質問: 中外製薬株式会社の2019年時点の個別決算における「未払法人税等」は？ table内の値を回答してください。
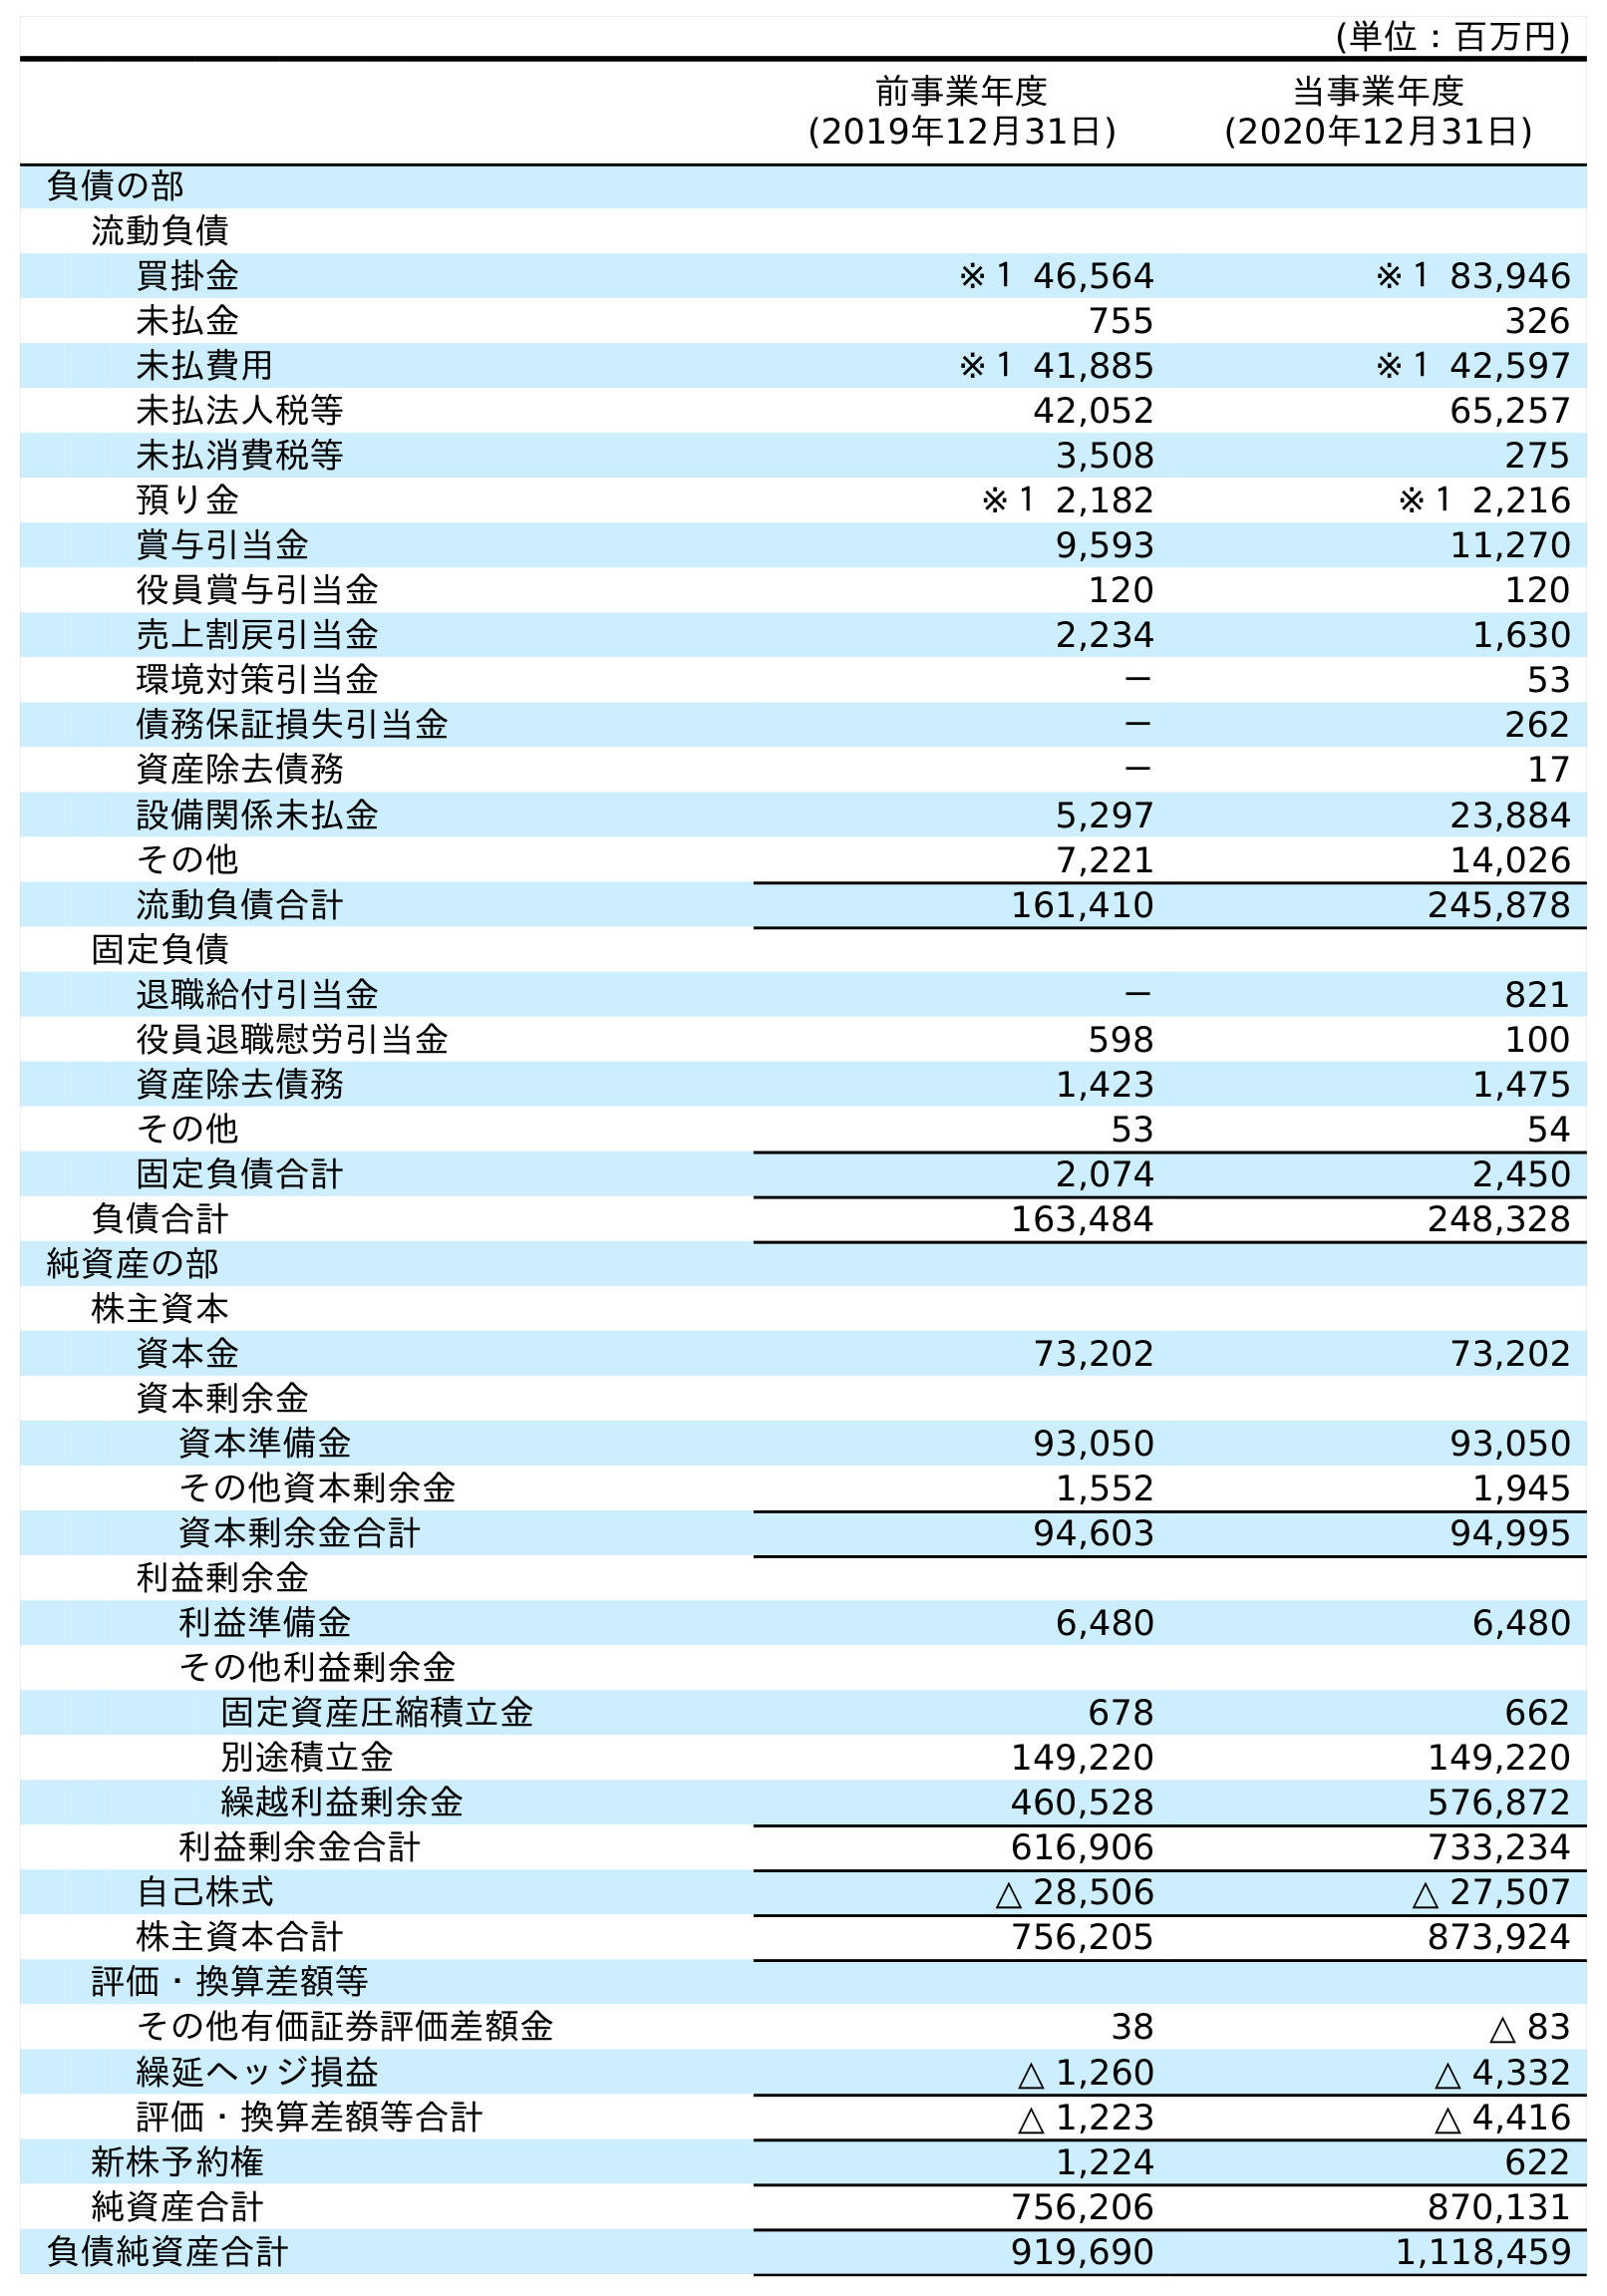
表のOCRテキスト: (単位：百万円) 前事業年度 (2019年12月31日) 当事業年度 (2020年12月31日) 負債の部 流動負債 買掛金 ※１ 46,564 ※１ 83,946 未払金 755 326 未払費用 ※１ 41,885 ※１ 42,597 未払法人税等 42,052 65,257 未払消費税等 3,508 275 預り金 ※１ 2,182 ※１ 2,216 賞与引当金 9,593 11,270 役員賞与引当金 120 120 売上割戻引当金 2,234 1,630 環境対策引当金 － 53 債務保証損失引当金 － 262 資産除去債務 － 17 設備関係未払金 5,297 23,884 その他 7,221 14,026 流動負債合計 161,410 245,878 固定負債 退職給付引当金 － 821 役員退職慰労引当金 598 100 資産除去債務 1,423 1,475 その他 53 54 固定負債合計 2,074 2,450 負債合計 163,484 248,328 純資産の部 株主資本 資本金 73,202 73,202 資本剰余金 資本準備金 93,050 93,050 その他資本剰余金 1,552 1,945 資本剰余金合計 94,603 94,995 利益剰余金 利益準備金 6,480 6,480 その他利益剰余金 固定資産圧縮積立金 678 662 別途積立金 149,220 149,220 繰越利益剰余金 460,528 576,872 利益剰余金合計 616,906 733,234 自己株式 △ 28,506 △ 27,507 株主資本合計 756,205 873,924 評価・換算差額等 その他有価証券評価差額金 38 △ 83 繰延ヘッジ損益 △ 1,260 △ 4,332 評価・換算差額等合計 △ 1,223 △ 4,416 新株予約権 1,224 622 純資産合計 756,206 870,131 負債純資産合計 919,690 1,118,459
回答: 42,052